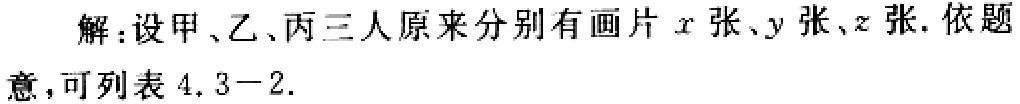
解：设甲、乙、丙三人原来分别有画片\(x\)张、\(y\)张、\(z\)张. 依题意，可列表\(4.3 - 2\).